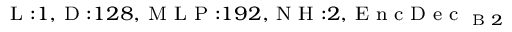
_ { \textrm { L } : 1 , \textrm { D } : 1 2 8 , \textrm { M L P } : 1 9 2 , \textrm { N H } : 2 , \textrm { E n c D e c } _ { \textrm { B } 2 } }